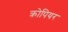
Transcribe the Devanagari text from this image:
क्रोपियर